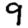
Digit: 9